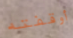
أوقفته